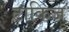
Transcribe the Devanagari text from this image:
टाकिज